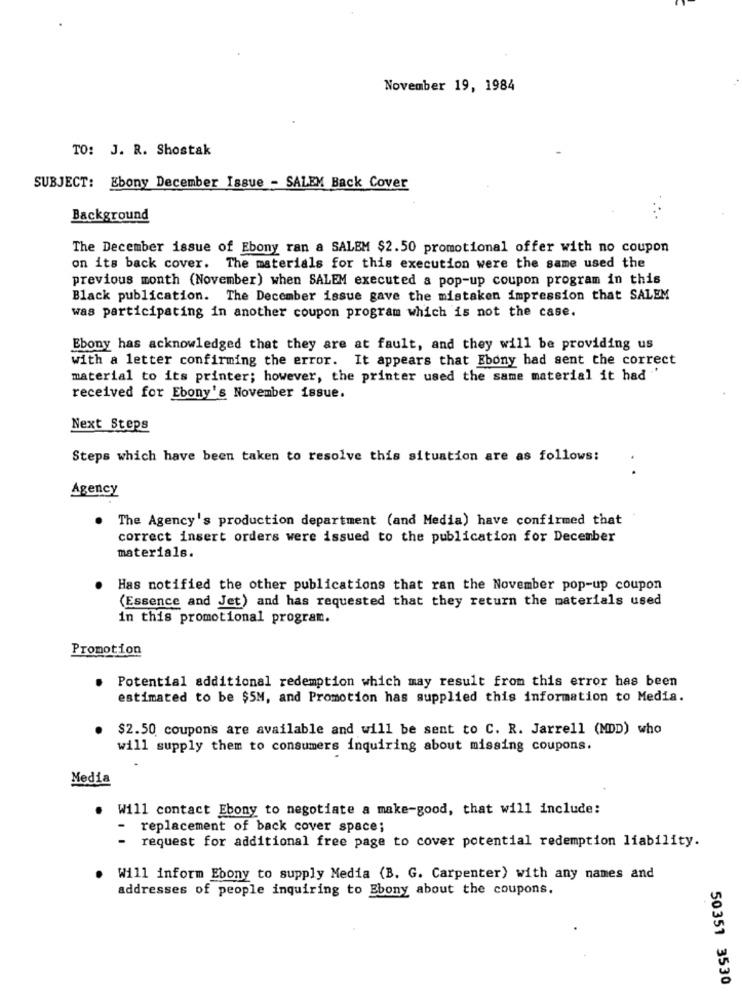
November 19, 1984
TO: J. R. Shostak
SUBJECT: Ebony December Issue - SALEM Back Cover
Background
The December issue of Ebony ran a SALEM $2.50 promotional offer with no coupon
on its back cover. The materials for this execution were the same used the
previous month (November) when SALEM executed a pop-up coupon program in this
Black publication. The December issue gave the mistaken impression that SALEM
was participating in another coupon program which is not the case.
Ebony has acknowledged that they are at fault, and they will be providing us
with a letter confirming the error. It appears that Ebony had sent the correct
material to its printer; however, the printer used the same material it had '
received for Ebony's November issue.
Next Steps
Steps which have been taken to resolve this situation are as follows:
.
Agency
. The Agency's production department (and Media) have confirmed that
correct insert orders were issued to the publication for December
materials.
Has notified the other publications that ran the November pop-up coupon
(Essence and Jet) and has requested that they return the materials used
in this promotional program.
Promotion
Potential additional redemption which may result from this error has been
estimated to be $5M, and Promotion has supplied this information to Media.
$2.50 coupons are available and will be sent to C. R. Jarrell (MDD) who
will supply them to consumers inquiring about missing coupons.
Media
. Will contact Ebony to negotiate a make-good, that will include:
- replacement of back cover space;
- request for additional free page to cover potential redemption liability.
Will inform Ebony to supply Media (B. G. Carpenter) with any names and
addresses of people inquiring to Ebony about the coupons.
50351 3530